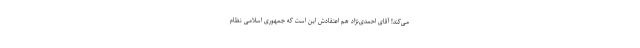
می‌کند! آقای احمدی‌نژاد هم اعتقادش این است که جمهوری اسلامی نظام